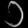
Digit: ၁